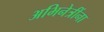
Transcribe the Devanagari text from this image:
अभिनेत्रींना